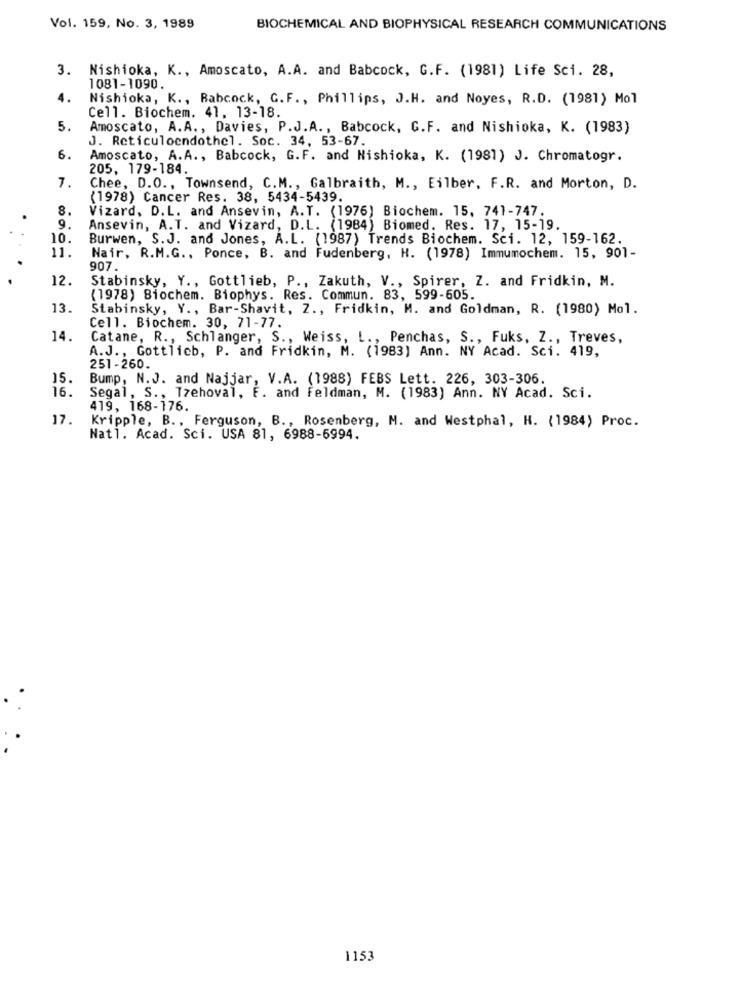
Vol. 159, No. 3, 1989
BIOCHEMICAL AND BIOPHYSICAL RESEARCH COMMUNICATIONS
3. Nishioka, K ., Amoscato, A.A. and Babcock, G.F. (1981) Life Sci. 28,
1081-1090.
4.
Nishioka, K ., Babcock, G.F ., Phillips, J.H. and Noyes, R.D. (1981) Mol
Cell. Biochem. 41. 13-18.
5.
Amoscato, A.A ., Davies, P.J.A ., Babcock, C.F. and Nishioka, K. (1983)
J. Reticuloendothel. Soc. 34, 53-67.
6.
Amoscato, A.A ., Babcock, G.F. and Nishioka, K. (1981) J. Chromatogr.
205, 179-184.
7.
Chee, D.O ., Townsend, C.M ., Galbraith, M ., Eilber, F.R. and Morton, D.
(1978) Cancer Res. 38, 5434-5439.
8.
Vizard, D.L. and Ansevin, A.T. (1976) Biochem. 15, 741-747.
9.
Ansevin, A.T. and Vizard, D.L. (1984) Biomed. Res. 17, 15-19.
10.
Burwen, S.J. and Jones, A.L. (1987) Trends Biochem. Sci. 12, 159-162.
11.
Nair, R.M.G ., Ponce, B. and Fudenberg, H. (1978) Immumochem. 15, 901-
907
12.
Stabinsky, Y ., Gottlieb, P ., Zakuth, V ., Spirer, Z. and Fridkin, M.
(1978) Biochem. Biophys. Res. Commun. 83, 599-605.
13.
Stabinsky, Y ., Bar-Shavit, Z ., Fridkin, M. and Goldman, R. (1980) Mol.
Cell. Biochem. 30, 71-77.
14.
Catane, R ., Schlanger, S ., Weiss, L ., Penchas, S ., Fuks, Z ., Treves,
A.J ., Gottlieb, P. and Fridkin, M. (1983) Ann. NY Acad. Sci. 419,
251-260.
15.
Bump, N.J. and Najjar, V.A. (1988) FEBS Lett. 226, 303-306.
16.
Segal, S ., Tzehoval, F. and Feldman, M. (1983) Ann. NY Acad. Sci.
419, 168-176.
17.
Kripple, B ., Ferguson, B ., Rosenberg, M. and Westphal, H. (1984) Proc.
Natl. Acad. Sci. USA 81, 6988-6994.
1153